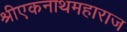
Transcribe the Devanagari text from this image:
श्रीएकनाथमहाराज